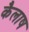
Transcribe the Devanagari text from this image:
कैलाष